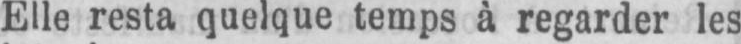
Elle resta quelque temps à regarder les